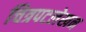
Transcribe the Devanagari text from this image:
चित्रपटलेखन